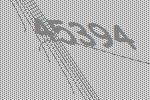
45394